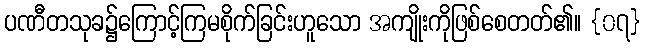
ပဏီတသုခ၌ကြောင့်ကြမစိုက်ခြင်းဟူသော အကျိုးကိုဖြစ်စေတတ်၏။ {၀၇}